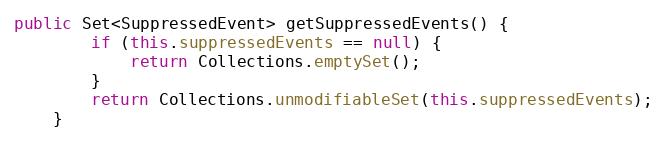
Language: Java
public Set<SuppressedEvent> getSuppressedEvents() {
        if (this.suppressedEvents == null) {
            return Collections.emptySet();
        }
        return Collections.unmodifiableSet(this.suppressedEvents);
    }